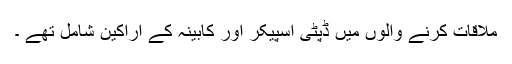
ملاقات کرنے والوں میں ڈپٹی اسپیکر اور کابینہ کے اراکین شامل تھے ۔